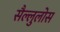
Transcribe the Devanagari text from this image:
सैल्लुलोस